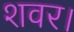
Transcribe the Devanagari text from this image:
शवर।